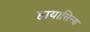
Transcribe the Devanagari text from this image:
हायासिन्थ